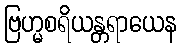
ဗြဟ္မစရိယန္တရာယေန